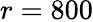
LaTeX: r=800